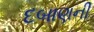
દબાણની